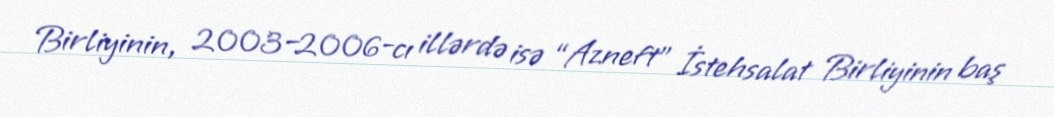
Birliyinin, 2003–2006-cı illərdə isə “Azneft” İstehsalat Birliyinin baş